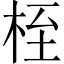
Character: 桎